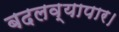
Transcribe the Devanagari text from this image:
बदलव्यापार।